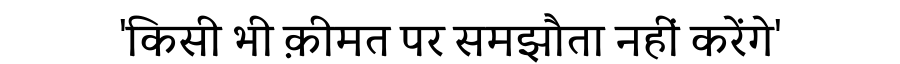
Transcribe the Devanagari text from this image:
'किसी भी क़ीमत पर समझौता नहीं करेंगे'